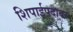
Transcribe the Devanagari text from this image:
शिपाईपदावर